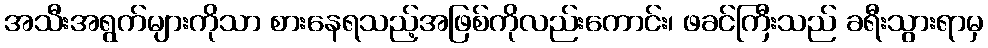
အသီးအရွက်များကိုသာ စားနေရသည့်အဖြစ်ကိုလည်းကောင်း၊ ဖခင်ကြီးသည် ခရီးသွားရာမှ